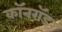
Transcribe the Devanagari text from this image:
कॉनरॉड